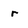
Character: r